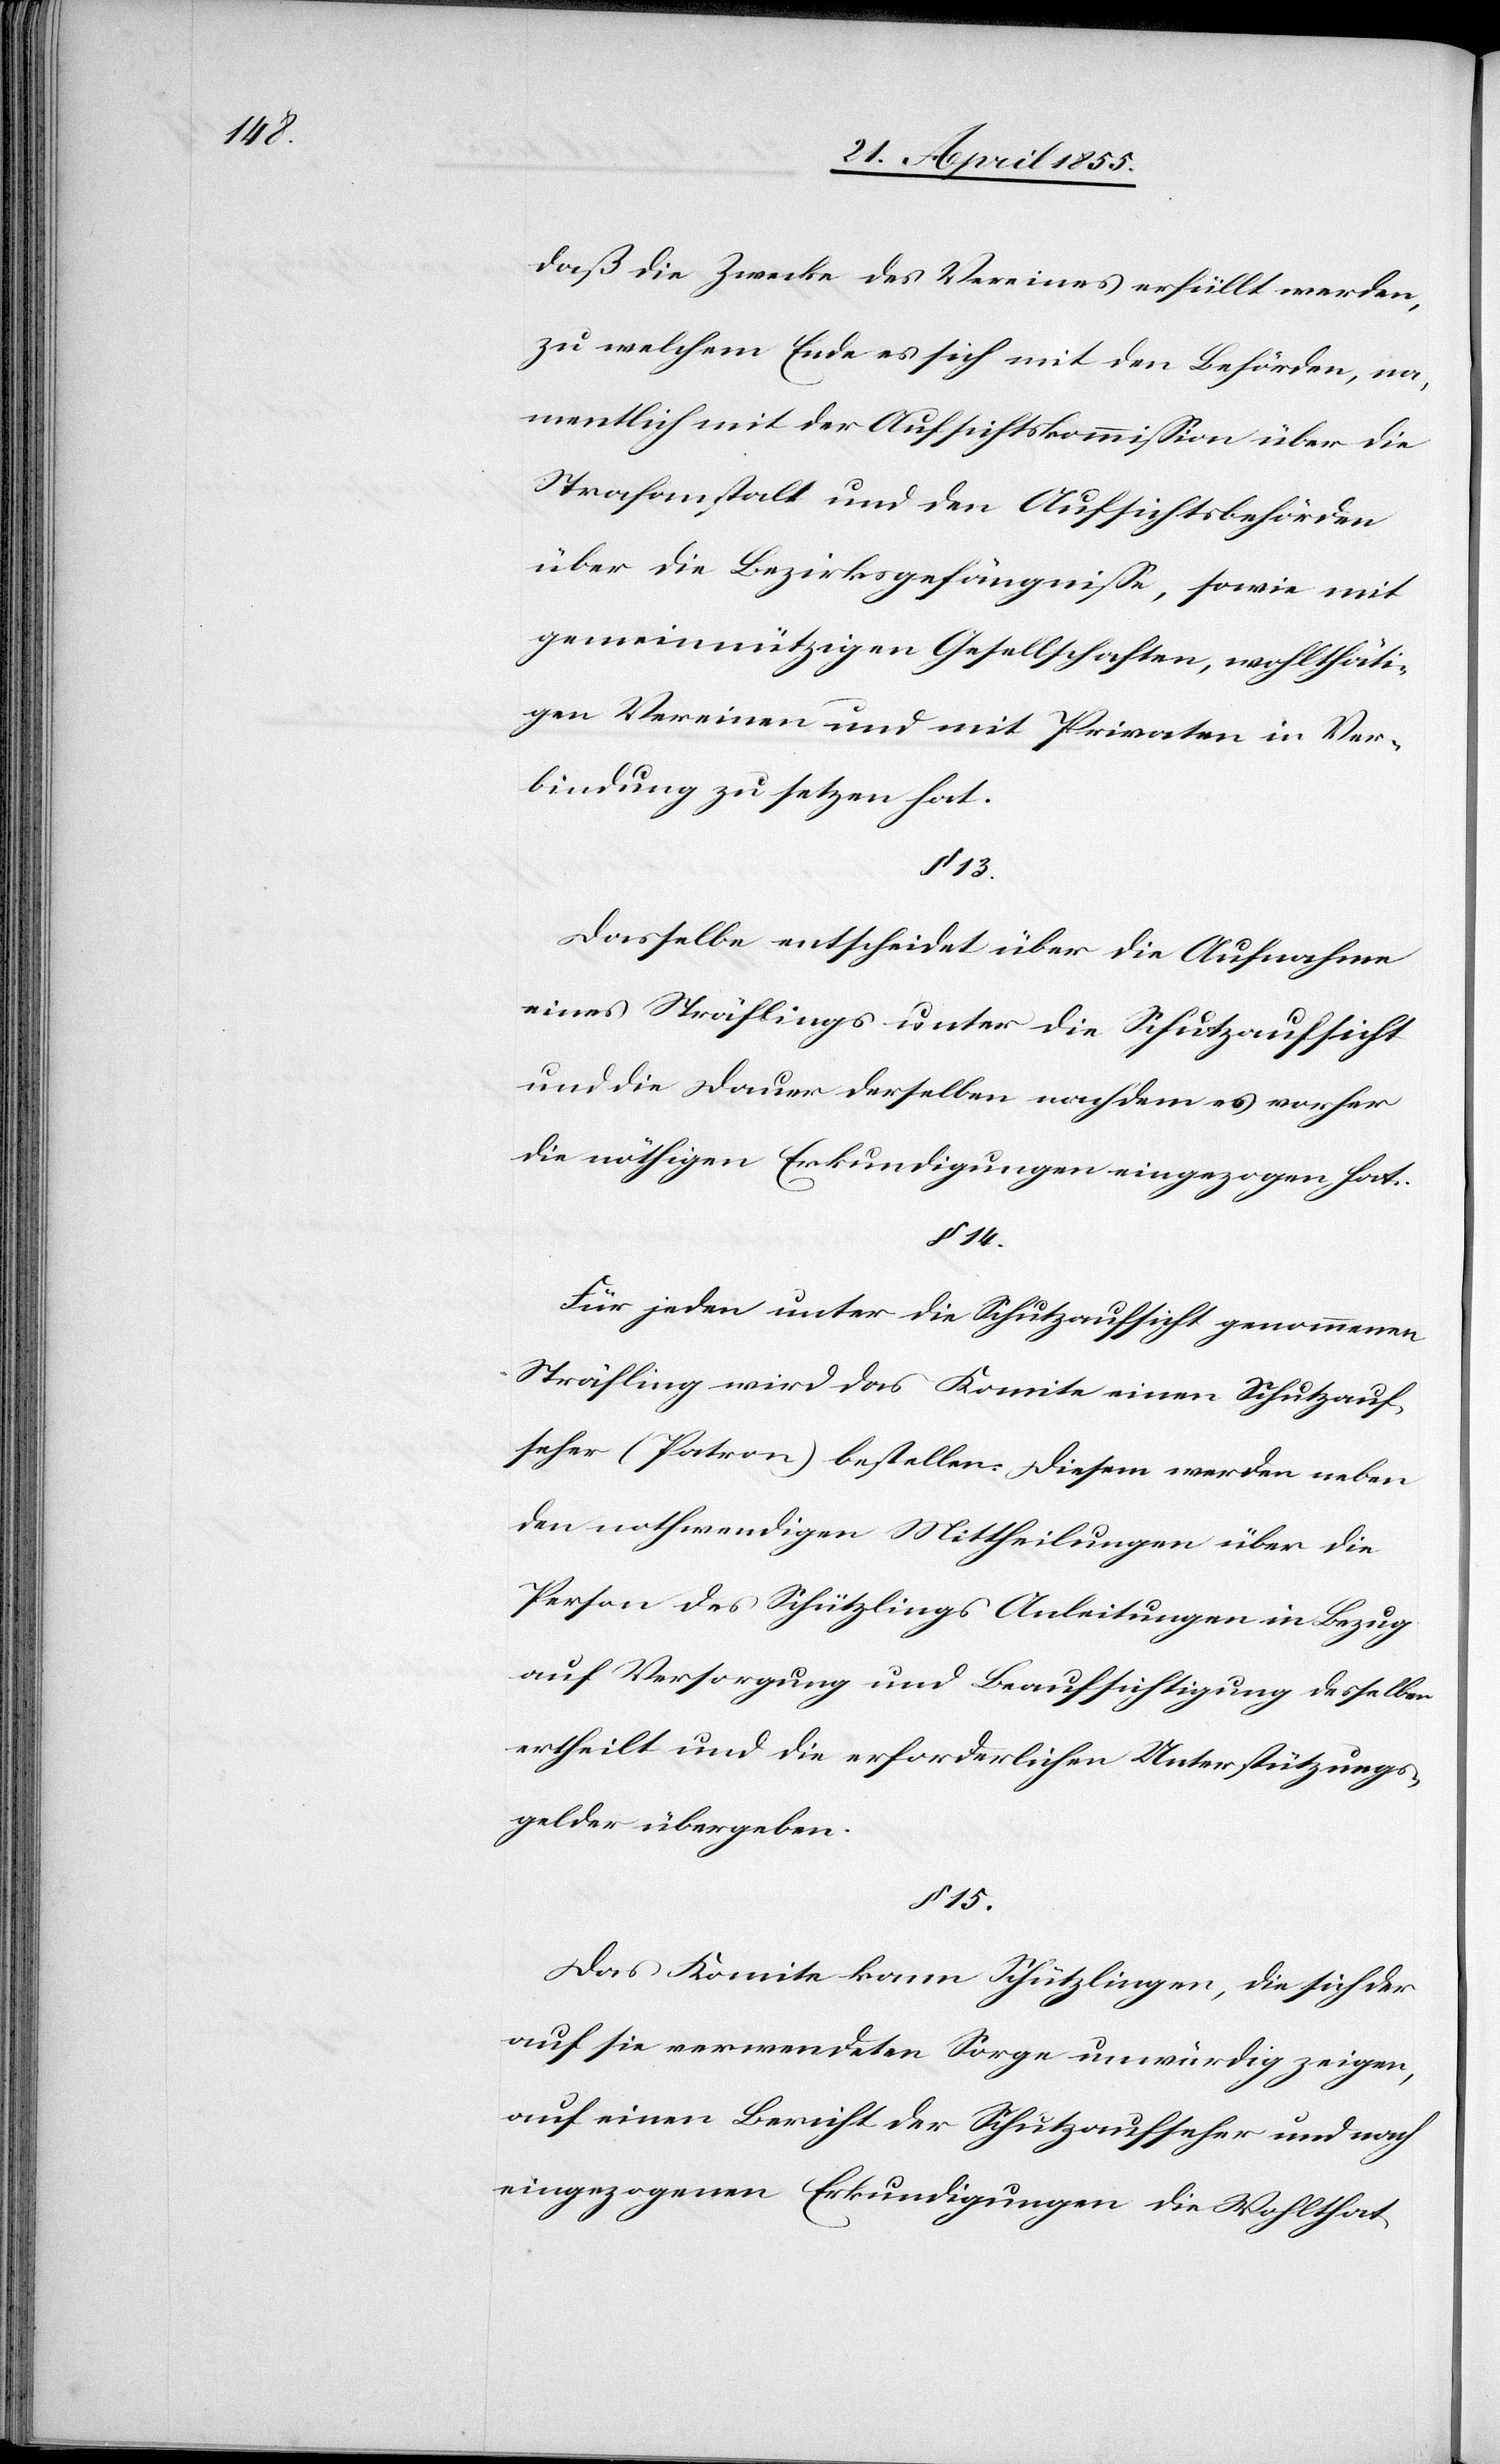
daß die Zwecke des Vereines erfüllt werden,
zu welchem Ende es sich mit den Behörden, na¬
mentlich mit der Aufsichtskommission über die
Strafanstalt und den Aufsichtsbehörden
über die Bezirksgefängnisse, sowie mit
gemeinnützigen Gesellschaften, wohlthäti¬
gen Vereinen und mit Privaten in Ver¬
bindung zu setzen hat.
13.
Dasselbe entscheidet über die Aufnahme
eines Sträflings unter die Schutzaufsicht
und die Dauer derselben nachdem es vorher
die nöthigen Erkundigungen eingezogen hat.
§ 14.
Für jeden unter die Schutzaufsicht genommenen
Sträfling wird das Komite einen Schutzauf¬
seher (Patron) bestellen. Diesem werden neben
den nothwendigen Mittheilungen über die
Person des Schützlings Anleitungen in Bezug
auf Versorgung und Beaufsichtigung desselben
ertheilt und die erforderlichen Unterstützungs¬
gelder übergeben.
15.
Das Komite kann Schützlingen, die sich der
auf sie verwendeten Sorge unwürdig zeigen,
auf einen Bericht der Schutzaufseher und nach
eingezogenen Erkundigungen die Wohlthat